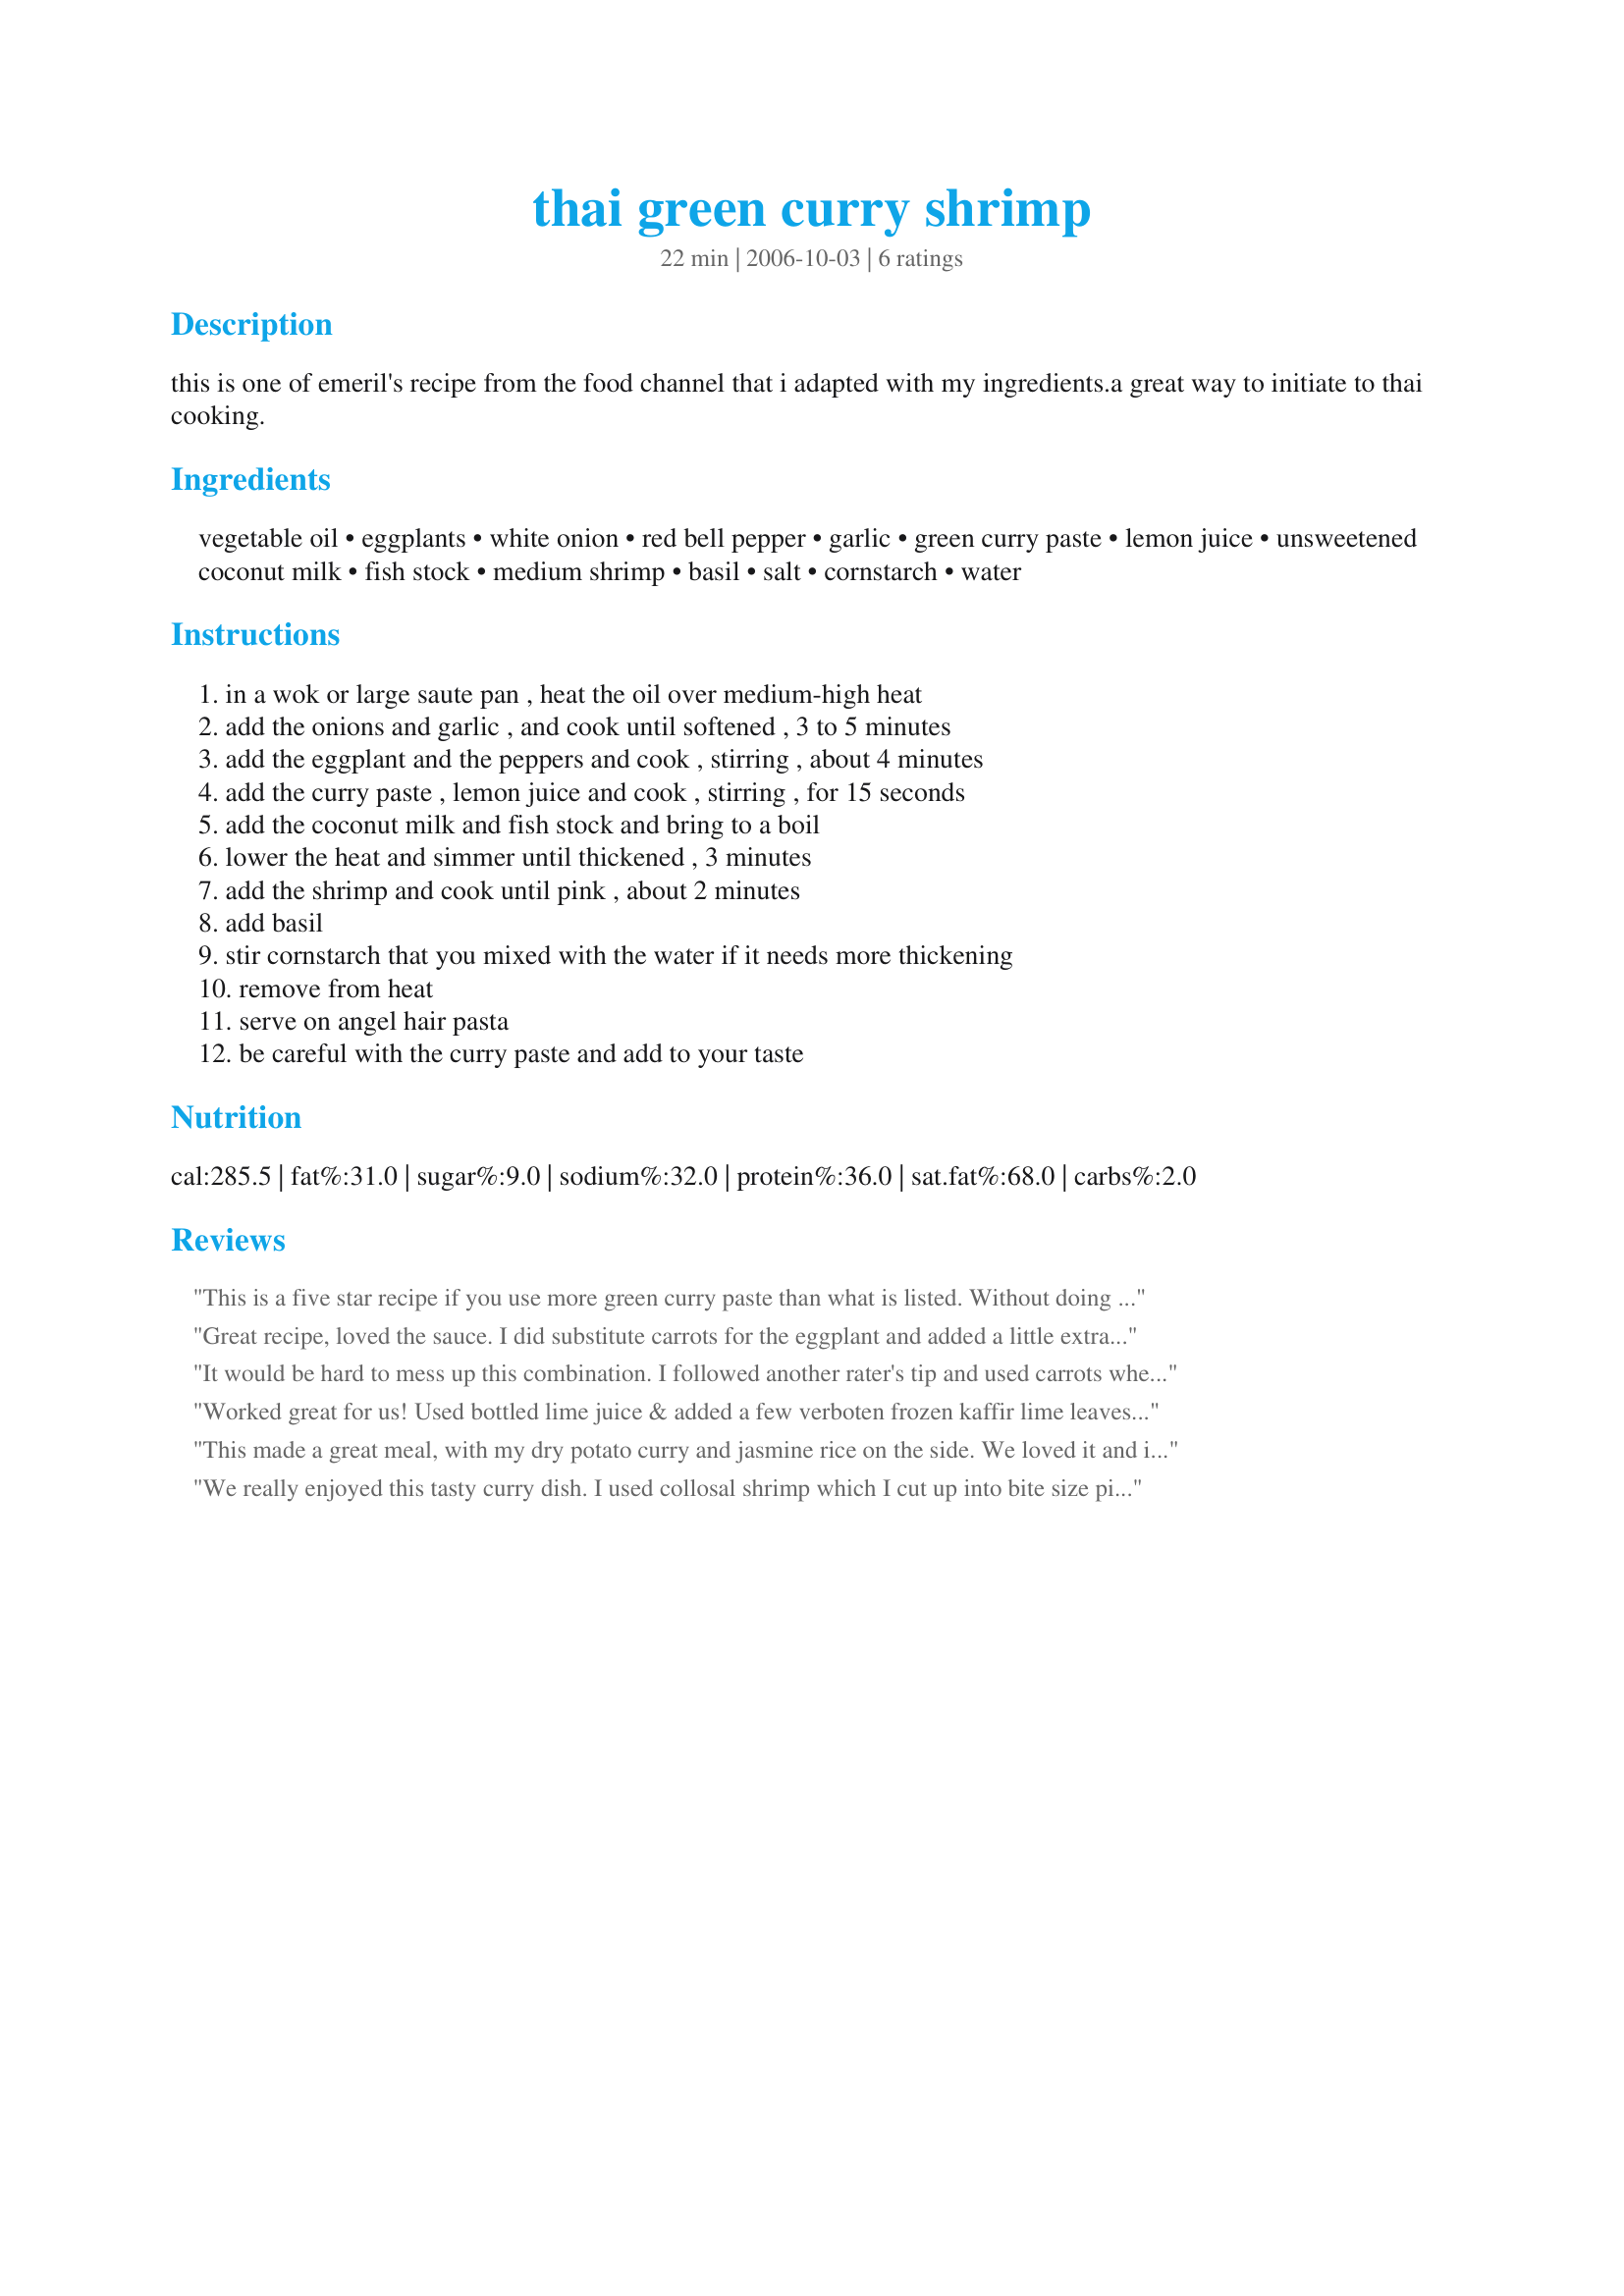
thai green curry shrimp
Preparation time: 22 minutes

this is one of emeril's recipe from the food channel that i adapted with my ingredients.a great way to initiate to thai cooking.

Ingredients:
vegetable oil, eggplants, white onion, red bell pepper, garlic, green curry paste, lemon juice, unsweetened coconut milk, fish stock, medium shrimp, basil, salt, cornstarch, water

Steps:
in a wok or large saute pan , heat the oil over medium-high heat, add the onions and garlic , and cook until softened , 3 to 5 minutes, add the eggplant and the peppers and cook , stirring , about 4 minutes, add the curry paste , lemon juice and cook , stirring , for 15 seconds, add the coconut milk and fish stock and bring to a boil, lower the heat and simmer until thickened , 3 minutes, add the shrimp and cook until pink , about 2 minutes, add basil, stir cornstarch that you mixed with the water if it needs more thickening, remove from heat, serve on angel hair pasta, be careful with the curry paste and add to your taste

Reviews:
This is a five star recipe if you use more green curry paste than what is listed. Without doing so, we found the dish a little bland. However, we easily stirred more green paste right into our individual servings, and it was perfect. Really nice flavor. We served over angel hair as suggested and the curry had the right consistency for us without having to make a cornstarch slurry. We&#039;ll have this again. Thanks!
Great recipe, loved the sauce. I did substitute carrots for the eggplant and added a little extra green curry paste. Used a combination of yellow, red and green peppers. Did not need to add broth, the coconut milk was more than enough liquid. Served over rice and garnished with toasted coconut.
It would be hard to mess up this combination. I followed another rater's tip and used carrots when we had no eggplant on hand. Carrots and eggplant would be great. We threw in a handful of pea pods and, since all curries are not equal, slowly added curry paste until it was right for us %u2013%u2013 about 2.5 teaspoons. I'm sure chicken or thinly sliced beef could be substituted for shrimp.
Worked great for us! Used bottled lime juice & added a few verboten frozen kaffir lime leaves - marvelous! Fast with brown rice on the side - good flavor profile. Will be returning to this one regularly. Thanks for posting Sage!
This made a great meal, with my dry potato curry and jasmine rice on the side. We loved it and it will defintely be made again.
We really enjoyed this tasty curry dish. I used collosal shrimp which I cut up into bite size pieces so it would cook evenly. We enjoyed the curry but found the fish sauce to be overpowering. Next time I will add less fish sauce and use the broth option. Made as directed but I added more green curry paste and brown sugar and lime to the dish, personal preference only. Thank you so much for sharing a recipe that I will make again. Made for Whats on the Menu? Tag Game 2014.
